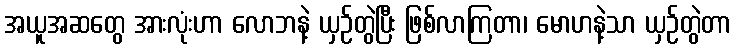
အယူအဆတွေ အားလုံးဟာ လောဘနဲ့ ယှဉ်တွဲပြီး ဖြစ်လာကြတာ၊ မောဟနဲ့သာ ယှဉ်တွဲတာ